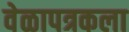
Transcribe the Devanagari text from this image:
वेळापत्रकला